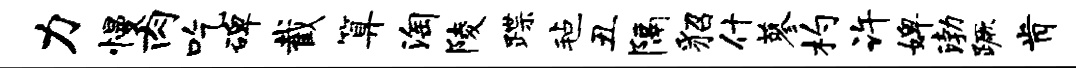
力慢肉吃碑截算淘陵蹀毡丑隔貂什蓼杓许婢渤蹶肯